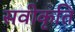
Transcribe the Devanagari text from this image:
सवीकृति